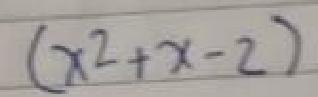
\((x^{2}+x - 2)\)